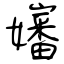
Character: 嬸